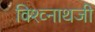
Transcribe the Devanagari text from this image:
विश्व्नाथजी